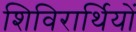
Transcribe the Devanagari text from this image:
शिविरार्थियों